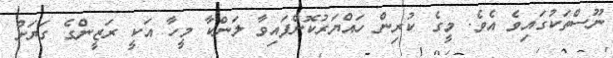
ނޫސްތަކުގައިވެ އެވެ. މީގެ ކުރިން ހައްޔަރުކޮށްފައިވާ ލަންކާ މީހާ އަކީ ރަޒީންގެ ގަޔަށް